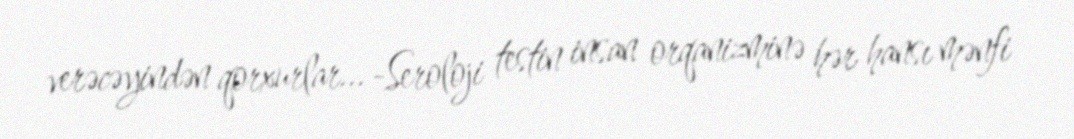
verəcəyindən qorxurlar... -Seroloji testin insan orqanizminə hər hansı mənfi